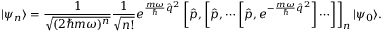
| \psi _ { n } \rangle = \frac { 1 } { \sqrt { ( 2 \hbar m \omega ) ^ { n } } } \frac { 1 } { \sqrt { n ! } } e ^ { \frac { m \omega } { \hbar } \hat { q } ^ { 2 } } \left[ \hat { p } , \left[ \hat { p } , \cdots \left[ \hat { p } , e ^ { - \frac { m \omega } { \hbar } \hat { q } ^ { 2 } } \right] \cdots \right] \right] _ { n } | \psi _ { 0 } \rangle .